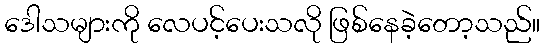
ဒေါသများကို လေပင့်ပေးသလို ဖြစ်နေခဲ့တော့သည်။